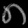
Digit: ၈